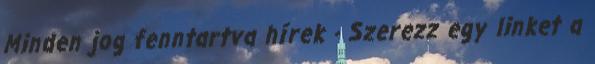
Minden jog fenntartva hírek - Szerezz egy linket a